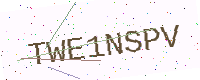
Text: TWE1NSPV